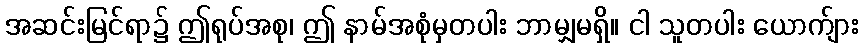
အဆင်းမြင်ရာ၌ ဤရုပ်အစု၊ ဤ နာမ်အစုံမှတပါး ဘာမျှမရှိ။ ငါ သူတပါး ယောက်ျား